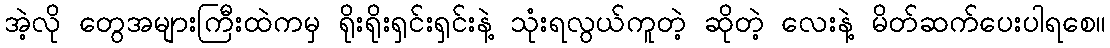
အဲ့လို တွေအများကြီးထဲကမှ ရိုးရိုးရှင်းရှင်းနဲ့ သုံးရလွယ်ကူတဲ့ ဆိုတဲ့ လေးနဲ့ မိတ်ဆက်ပေးပါရစေ။